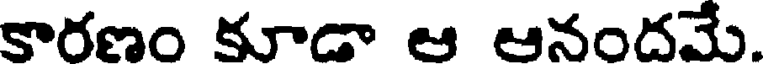
కారణం కూడా ఆ ఆనందమే.